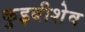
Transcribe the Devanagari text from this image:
कुइबीशेव